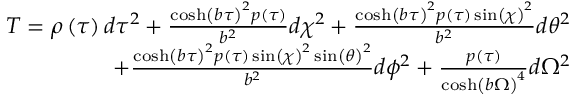
\begin{array} { r } { T = \rho \left( { \tau } \right) d \tau ^ { 2 } + \frac { \cosh \left( b { \tau } \right) ^ { 2 } p \left( { \tau } \right) } { b ^ { 2 } } d \chi ^ { 2 } + \frac { \cosh \left( b { \tau } \right) ^ { 2 } p \left( { \tau } \right) \sin \left( { \chi } \right) ^ { 2 } } { b ^ { 2 } } d \theta ^ { 2 } } \\ { + \frac { \cosh \left( b { \tau } \right) ^ { 2 } p \left( { \tau } \right) \sin \left( { \chi } \right) ^ { 2 } \sin \left( { \theta } \right) ^ { 2 } } { b ^ { 2 } } d \phi ^ { 2 } + \frac { p \left( { \tau } \right) } { \cosh \left( b { \Omega } \right) ^ { 4 } } d \Omega ^ { 2 } } \end{array}